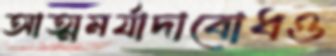
আত্মমর্যাদাবোধও